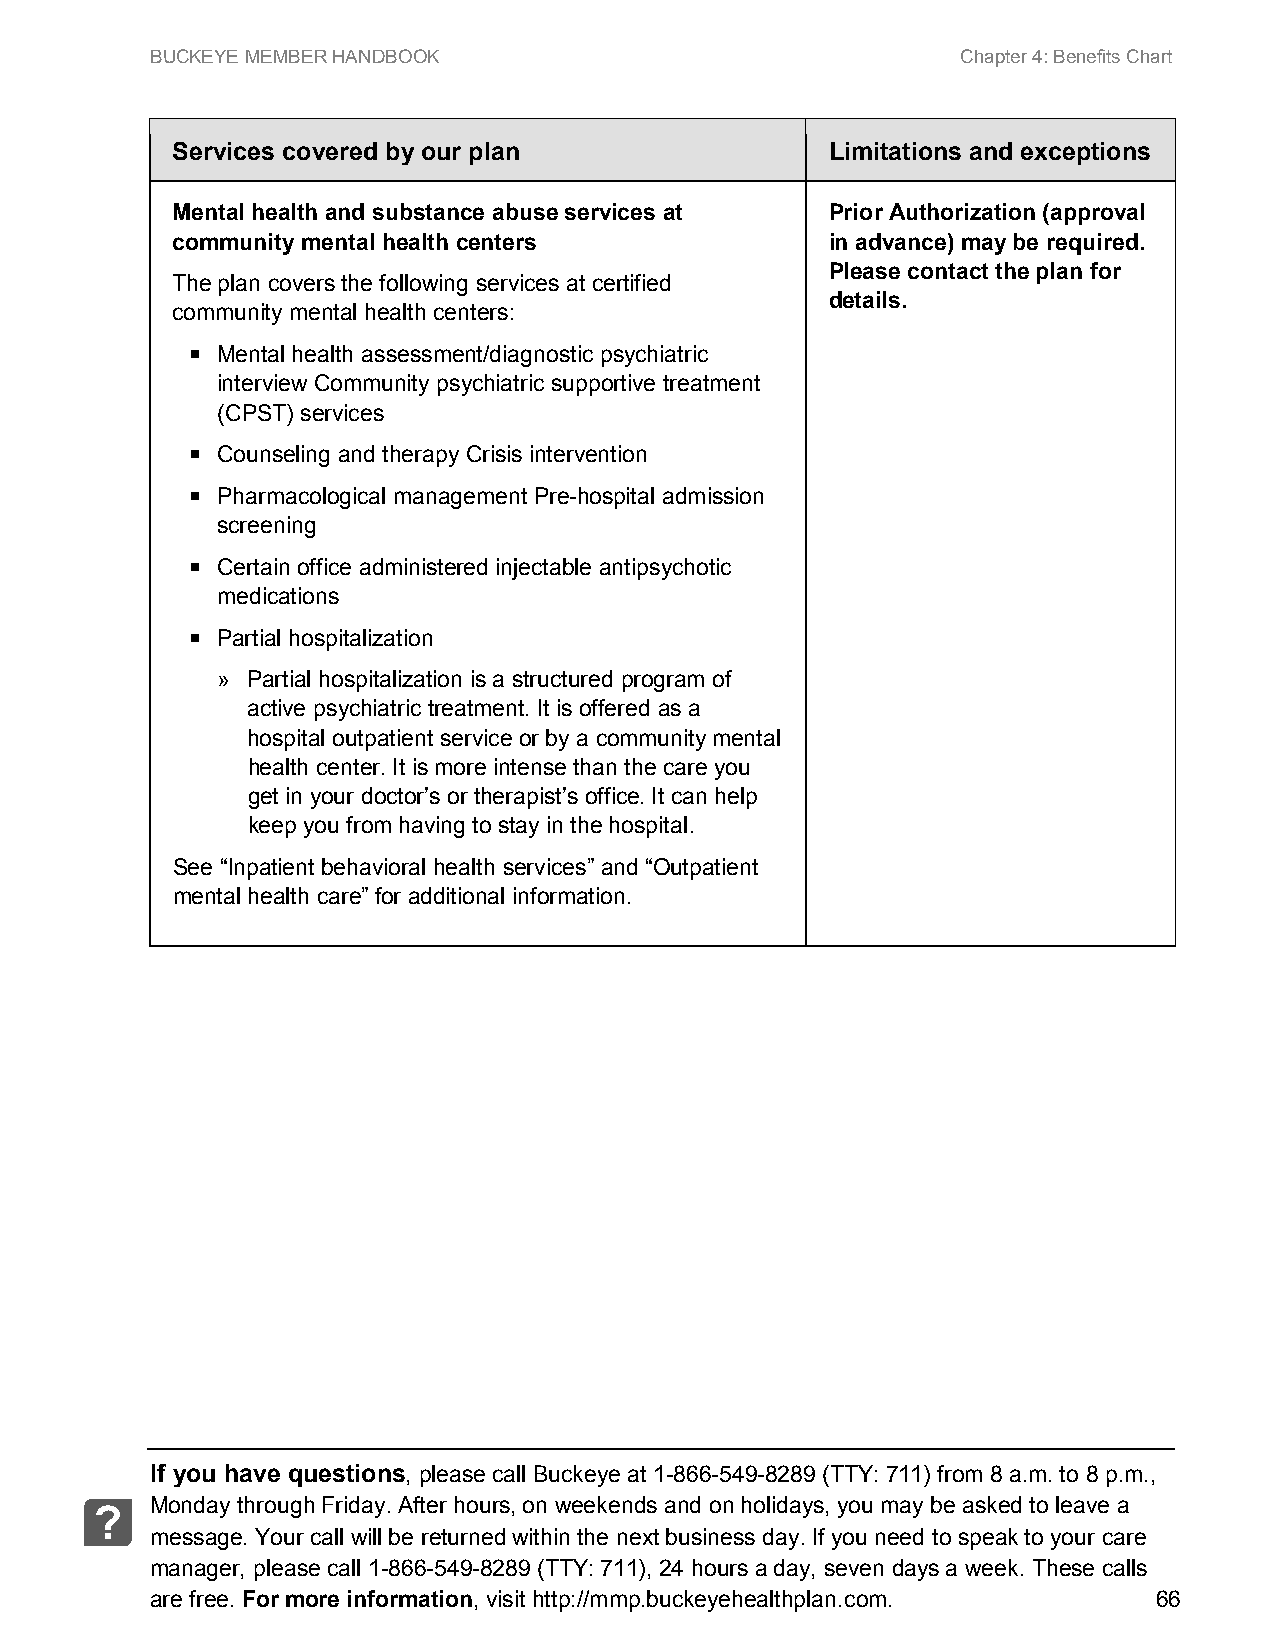
BUCKEYE MEMBER HANDBOOK                               Chapter 4: Benefits Chart
 Services covered by our plan                Limitations and exceptions
 Mental health and substance abuse services at Prior Authorization (approval
 community mental health centers             in advance) may be required.
 Please contact the plan for
 The plan covers the following services at certified
 details.
 community mental health centers:
  Mental health assessment/diagnostic psychiatric
 interview Community psychiatric supportive treatment
 (CPST) services
  Counseling and therapy Crisis intervention
  Pharmacological management Pre-hospital admission
 screening
  Certain office administered injectable antipsychotic
 medications
  Partial hospitalization
 » Partial hospitalization is a structured program of
 active psychiatric treatment. It is offered as a
 hospital outpatient service or by a community mental
 health center. It is more intense than the care you
 get in your doctor’s or therapist’s office. It can help
 keep you from having to stay in the hospital.
 See “Inpatient behavioral health services” and “Outpatient
 mental health care” for additional information.
 If you have questions, please call Buckeye at 1-866-549-8289 (TTY: 711) from 8 a.m. to 8 p.m.,
 Monday through Friday. After hours, on weekends and on holidays, you may be asked to leave a
 ?
 message. Your call will be returned within the next business day. If you need to speak to your care
 manager, please call 1-866-549-8289 (TTY: 711), 24 hours a day, seven days a week. These calls
 are free. For more information, visit http://mmp.buckeyehealthplan.com. 66